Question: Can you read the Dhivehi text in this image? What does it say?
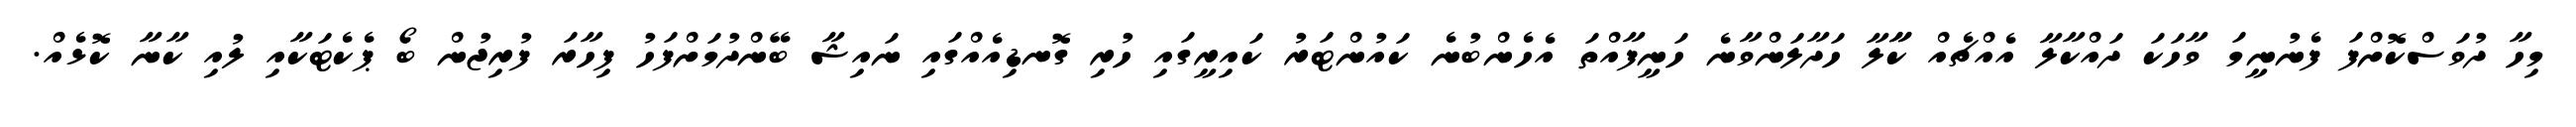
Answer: މިހާ ދުވަސްކޮށްފަ ފެނުނީމަ ވާހަކަ ދައްކާލާ އެއްޗެއް ކާާލާ ހަދާލަންވާނެ ހަނީފާއްތަ އެހެންބުނެ ކައުންޓަރު ކައިރީގައި ހުރި ގޮނޑިއެއްގައި ނައިޝާ ބޭންދުމަށްފަހު ފިހާރަ ފުރިޖުން ބޯ ޕެކެޓަކާއި ލުއި ކާނާ ކޮޅެއް.